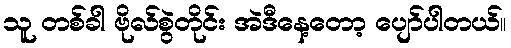
သူ တစ်ခါ ဗိုလ်စွဲတိုင်း အဲဒီနေ့တော့ ပျော်ပါတယ်။